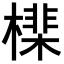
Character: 𣚡